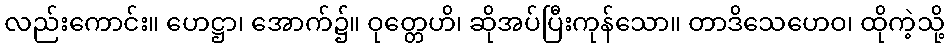
လည်းကောင်း။ ဟေဋ္ဌာ၊ အောက်၌။ ဝုတ္တေဟိ၊ ဆိုအပ်ပြီးကုန်သော။ တာဒိသေဟေဝ၊ ထိုကဲ့သို့